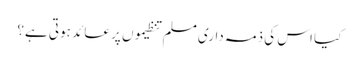
کیا اس کی ذمہ داری مسلم تنظیموں پر عائد ہوتی ہے؟